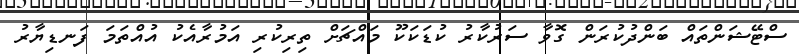
ސްޓޭޝަންތައް ބަންދުކުރަން ގޮވާ ސަރުކާރު ކުޑަކަކޫ މައްޗަށް ތިރިކުރި އަމުރާއެކު އުއްތަމަ ފަނޑިޔާރު